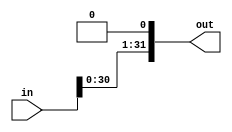
module shift_32bit_leftby_1(out, in);

	input[31:0] in;
	output[31:0] out;
	
	assign out[31:1] = in[30:0];
	assign out[0] = 0;

endmodule